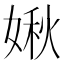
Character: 𡟊